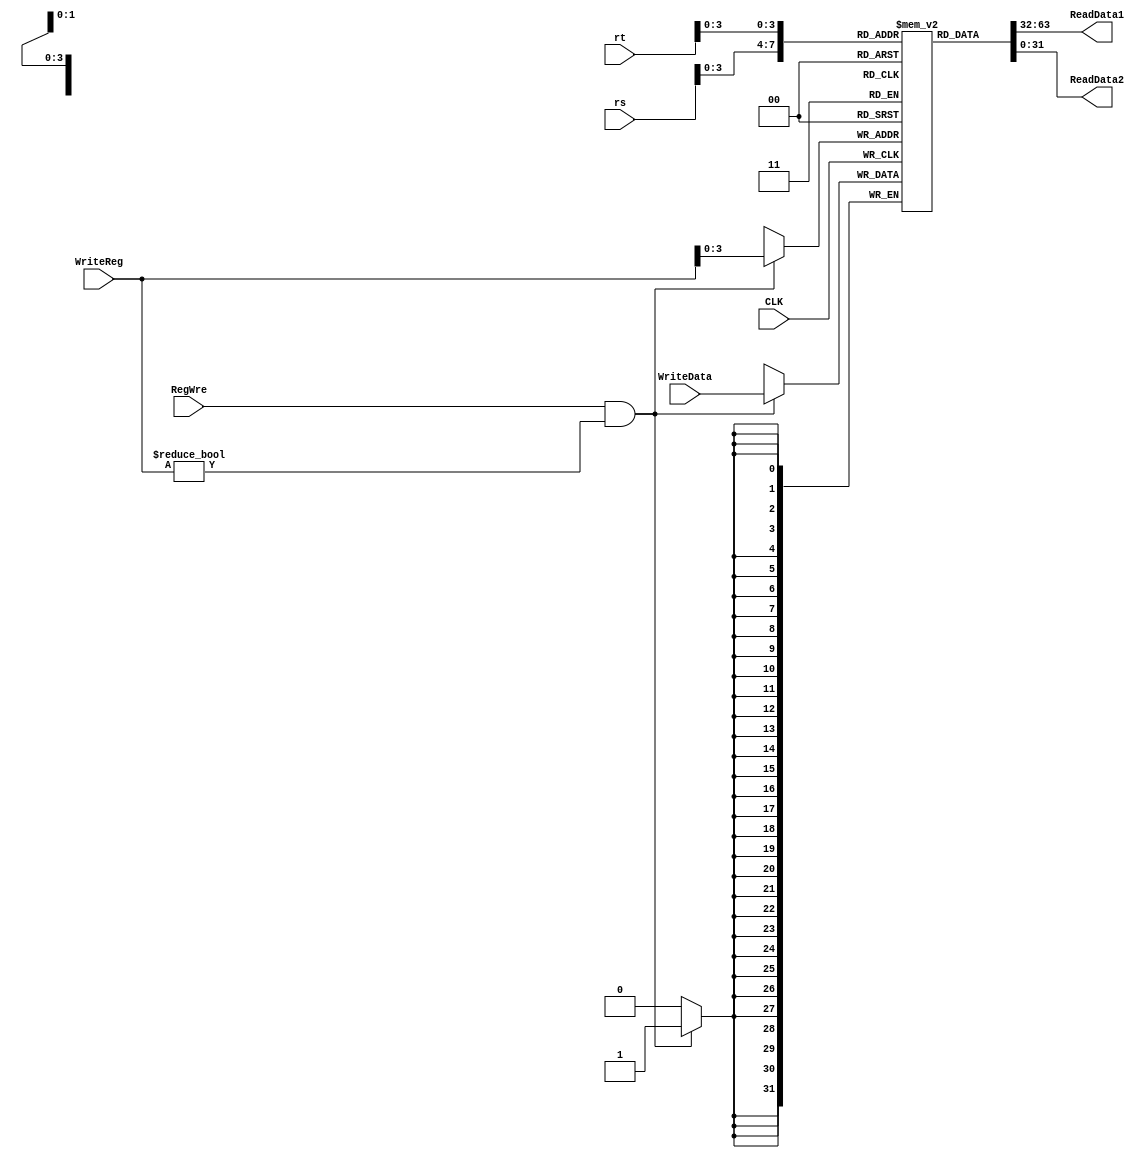
`timescale 1ns / 1ps

module RegisterFile (
    input         CLK,        // 
    input         RegWre,     // 1
    input  [ 4:0] rs,         // rs
    input  [ 4:0] rt,         // rt
    input  [ 4:0] WriteReg,   // rtrd
    input  [31:0] WriteData,  // 

    output [31:0] ReadData1,  // rs
    output [31:0] ReadData2   // rt
);

    reg     [31:0] register[0:15];  // 16
    // 320
    integer        i;
    initial begin
        for (i = 0; i < 16; i = i + 1) register[i] <= 0;
    end

    // 
    assign ReadData1 = register[rs];
    assign ReadData2 = register[rt];

    // 
    always @(negedge CLK) begin // 
        // 0RegWre
        if (RegWre && WriteReg != 0) register[WriteReg] = WriteData;
    end

endmodule